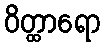
ဝိတ္ထာရော